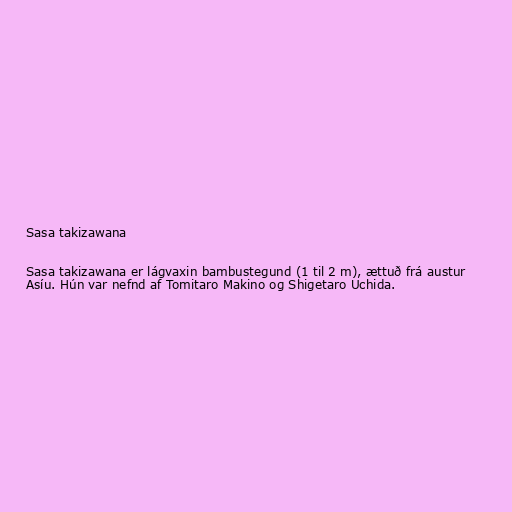
Sasa takizawana

Sasa takizawana er lágvaxin bambustegund (1 til 2 m), ættuð frá austur
Asíu. Hún var nefnd af Tomitaro Makino og Shigetaro Uchida.